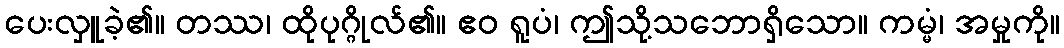
ပေးလှူခဲ့၏။ တဿ၊ ထိုပုဂ္ဂိုလ်၏။ ဧဝ ရူပံ၊ ဤသို့သဘောရှိသော။ ကမ္မံ၊ အမှုကို။